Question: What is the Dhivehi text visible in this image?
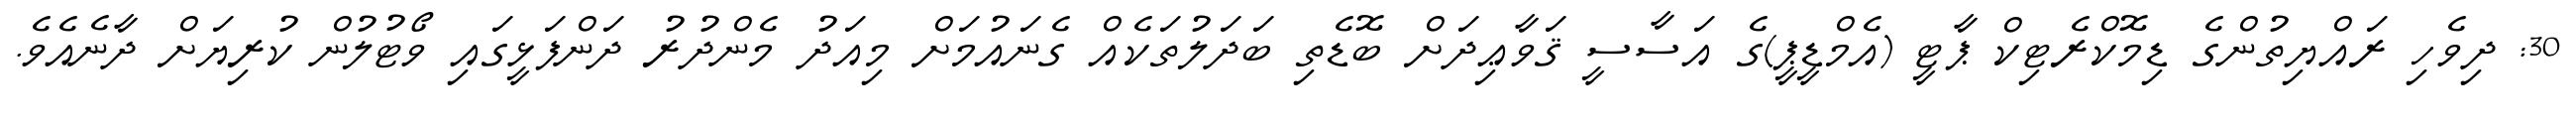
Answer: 30: ދިވެހި ރައްޔިތުންގެ ޑިމޮކްރެޓިކް ޕާޓީ (އެމްޑީޕީ)ގެ އަސާސީ ޤަވާޢިދަށް ބޮޑެތި ބަދަލުތަކެއް ގެނައުމަށް މިއަދު މެންދުރު ދަންފަޅީގައި ވޯޓުލުން ކުރިޔަށް ދާނެއެވެ.